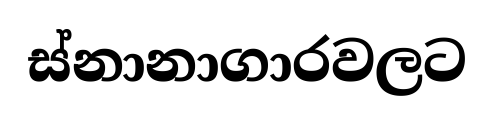
ස්නානාගාරවලට